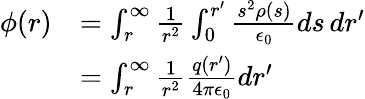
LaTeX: \begin{array}{rl}{\phi(r)}&{=\int_{r}^{\infty}\frac{1}{r^{2}}\int_{0}^{r^{\prime}}\frac{s^{2}\rho(s)}{\epsilon_{0}}ds\, dr^{\prime}}\\ &{=\int_{r}^{\infty}\frac{1}{r^{2}}\frac{q(r^{\prime})}{4\pi\epsilon_{0}}dr^{\prime}}\end{array}